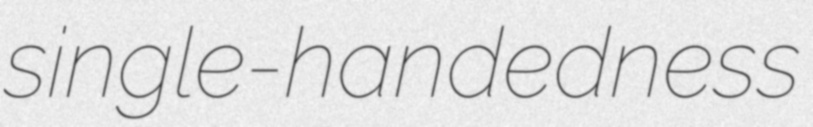
single-handedness